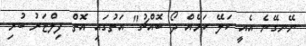
ނޭނގޭނެ އެއީ ކަލޭ ކަމެއް ދޯ ބޮއްޗު" އަތުގައި އޮތް ފިލްޓަރު ބުރި